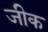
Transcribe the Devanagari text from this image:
जीक